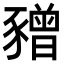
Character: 𧲅